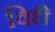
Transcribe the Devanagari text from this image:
विधै